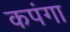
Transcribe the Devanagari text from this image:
कपंगा